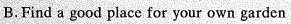
B.Find a good place for your own garden